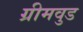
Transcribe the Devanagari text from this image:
ग्रीमवुड